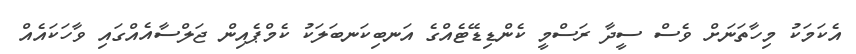
އެކަމަކު މިހާތަނަށް ވެސް ސީދާ ރަސްމީ ކެންޑިޑޭޓެއްގެ އަނބިކަނބަލަކު ކެމްޕެއިން ޖަލްސާއެއްގައި ވާހަކައެއް